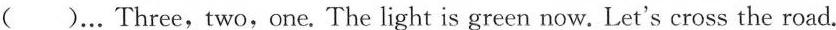
( )… Three,two,one. The light is green now. Let's cross the road.